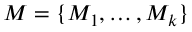
M = \{ M _ { 1 } , \dots , M _ { k } \}